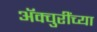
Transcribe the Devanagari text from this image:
ॲक्चुरींच्या